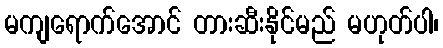
မကျရောက်အောင် တားဆီးနိုင်မည် မဟုတ်ပါ၊